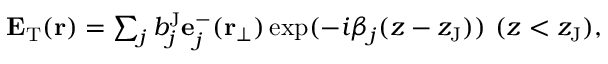
\begin{array} { r } { \mathbf { E } _ { \mathrm { T } } ( \mathbf { r } ) = \sum _ { j } b _ { j } ^ { \mathrm { J } } \mathbf { e } _ { j } ^ { - } ( \mathbf { r } _ { \perp } ) \exp ( - i \beta _ { j } ( z - z _ { \mathrm { J } } ) ) \ ( z < z _ { \mathrm { J } } ) , } \end{array}